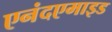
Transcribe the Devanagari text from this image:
एनंदएमाइड